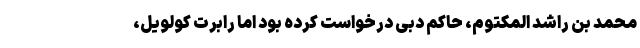
محمد بن راشد المکتوم، حاکم دبی درخواست کرده بود اما رابرت کولویل،